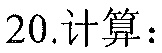
20.计算：